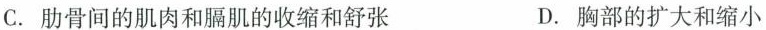
C. 肋骨间的肌肉和膈肌的收缩和舒张 D. 胸部的扩大和缩小